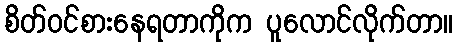
စိတ်ဝင်စားနေရတာကိုက ပူလောင်လိုက်တာ။